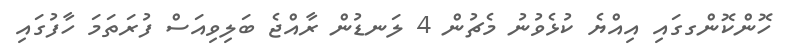
ހޮންކޮންގގައި އިއްޔެ ކުޅެވުނު މެޗުން 4 ލަނޑުން ރާއްޖެ ބަލިވިއަސް ފުރަތަމަ ހާފުގައި